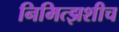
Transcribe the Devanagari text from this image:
निमित्झशीच